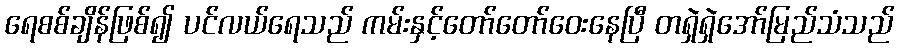
ရေစစ်ချိန်ဖြစ်၍ ပင်လယ်ရေသည် ကမ်းနှင့်တော်တော်ဝေးနေပြီ တရှဲရှဲအော်မြည်သံသည်